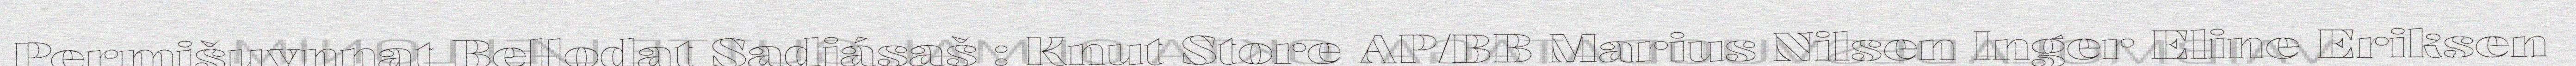
Permišuvnnat Bellodat Sadjásaš : Knut Store AP/BB Marius Nilsen Inger Eline Eriksen